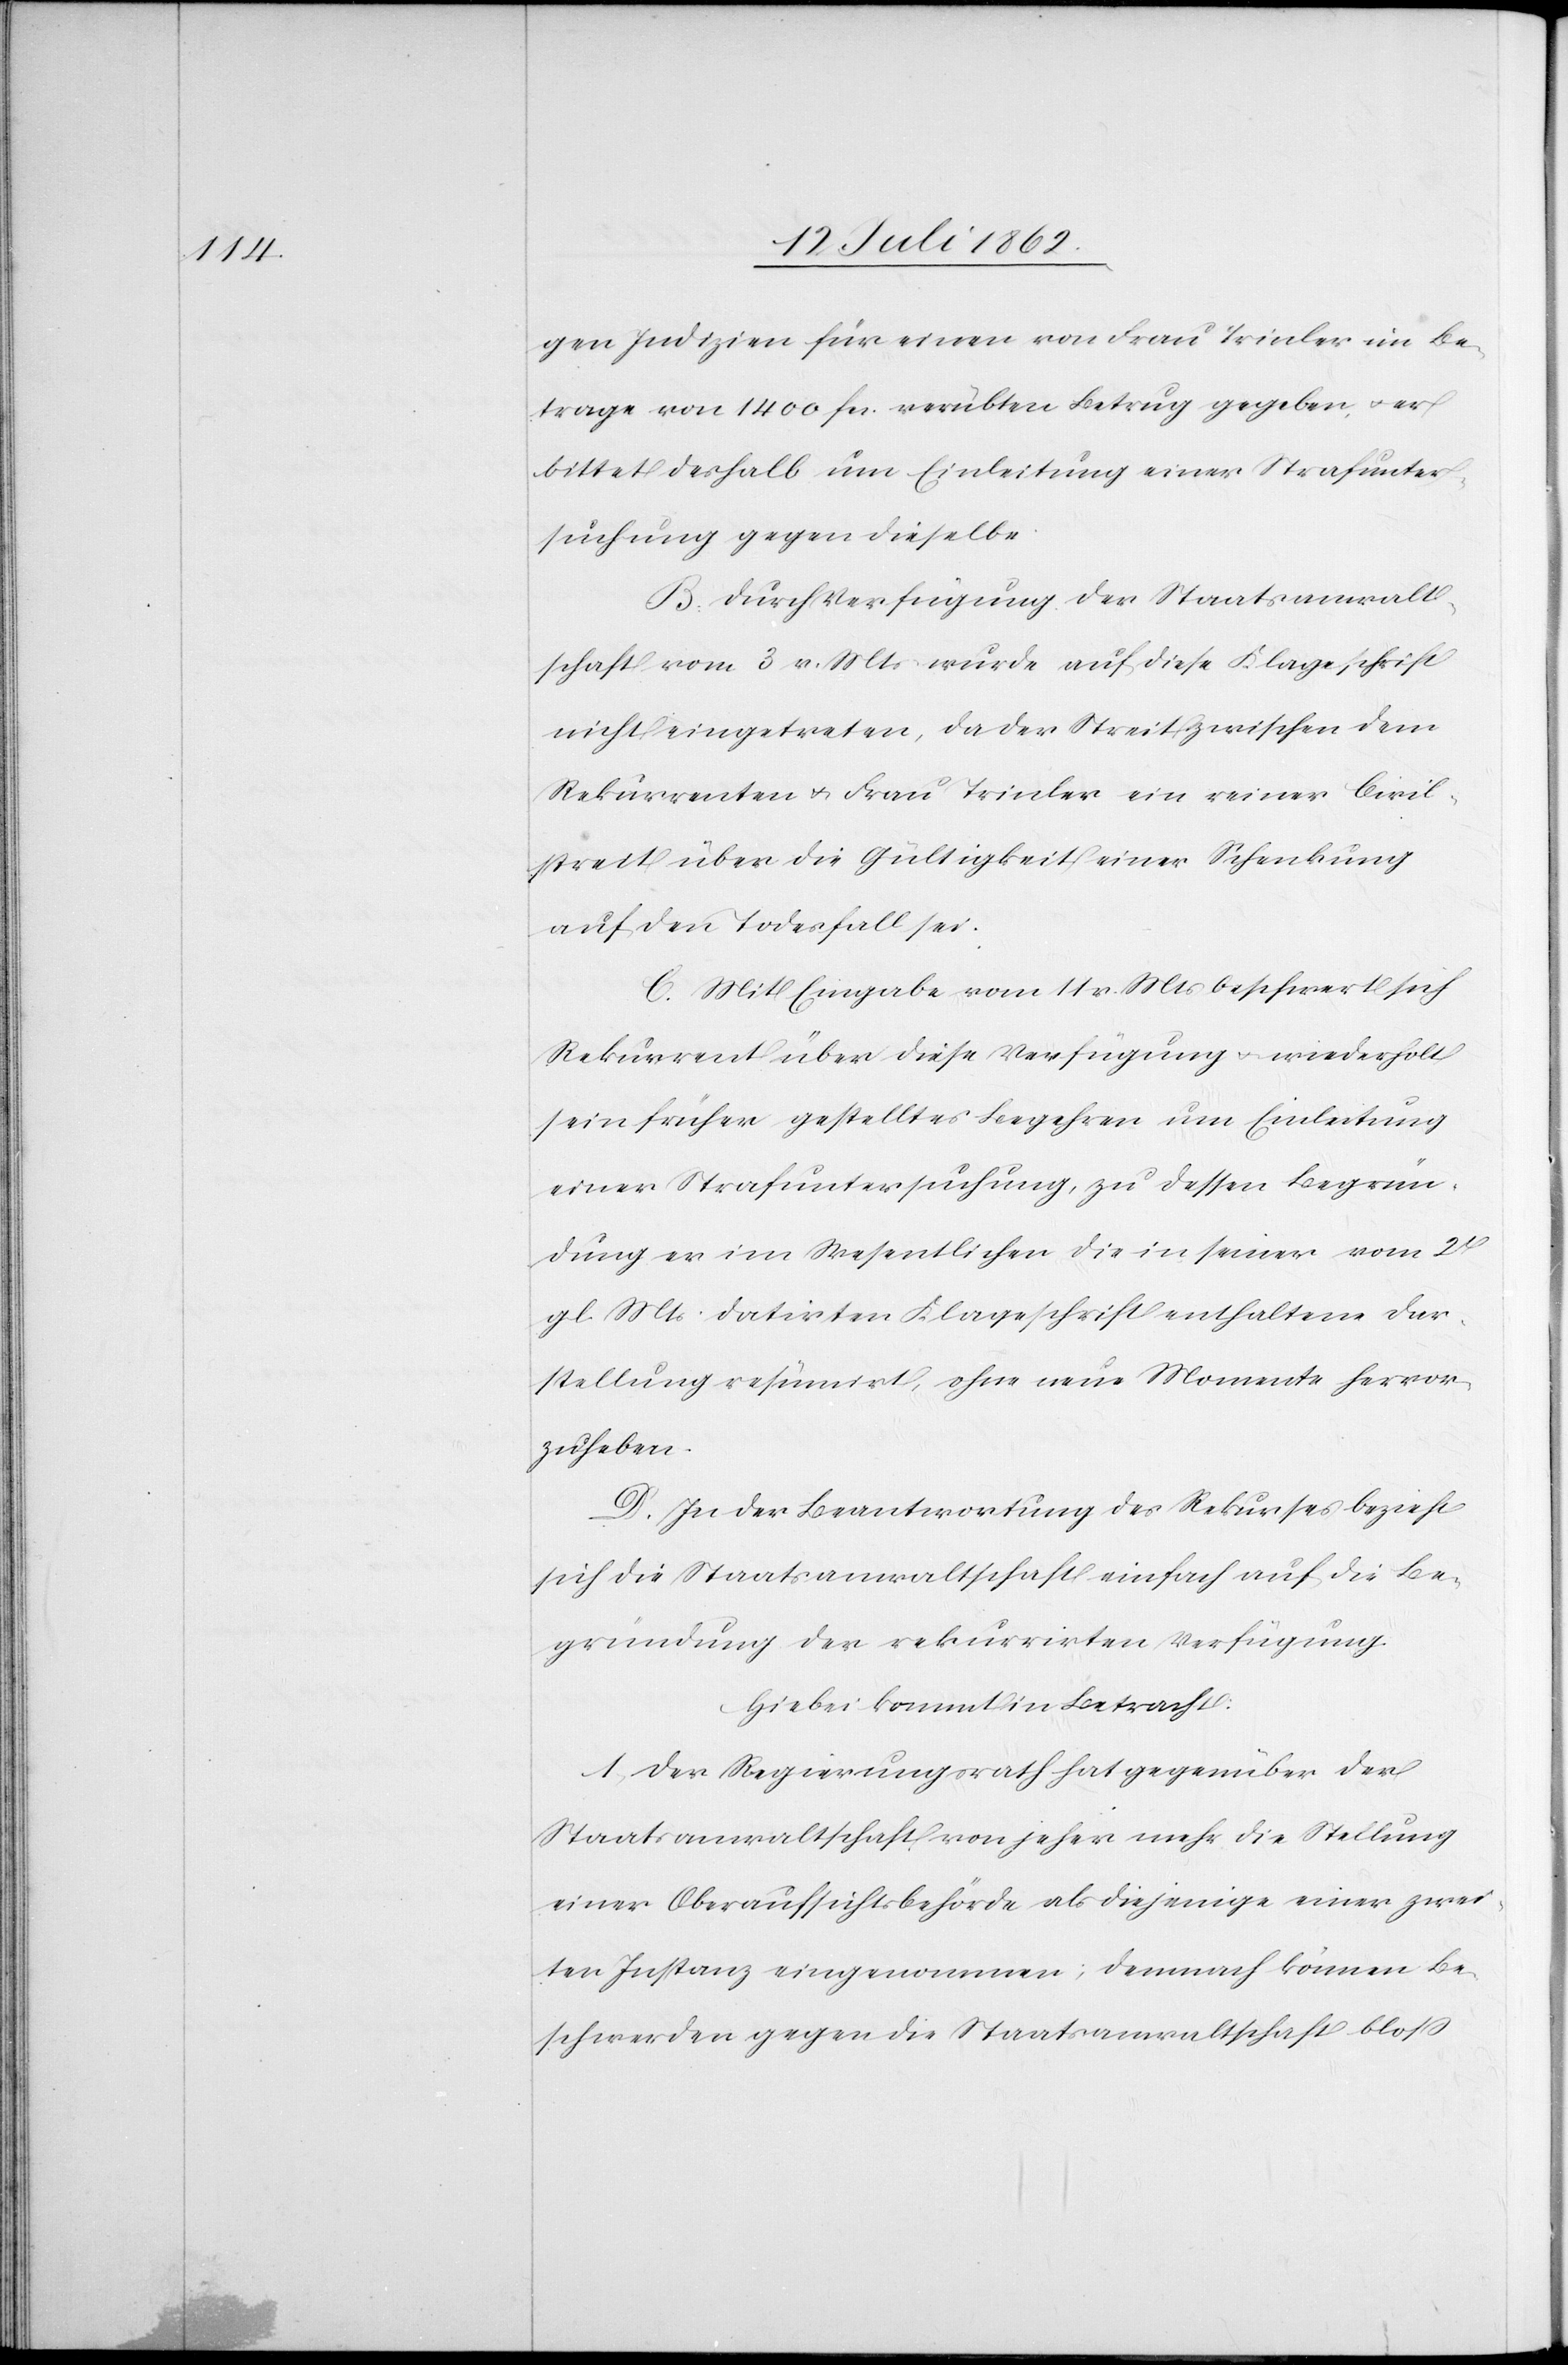
gen Indizien für einen von Frau Trinler im Be¬
trage von 1400 fcs. verübten Betrug gegeben u. er
bittet deshalb um Einleitung einer Strafunter¬
suchung gegen dieselbe.
B. Durch Verfügung der Staatsanwalt¬
schaft vom 3. v. Mts. wurde auf diese Klageschrift
nicht eingetreten, da der Streit zwischen dem
Rekurrenten u. Frau Trinler ein reiner Civil¬
streit über die Gültigkeit einer Schenkung
auf den Todesfall sei.
C. Mit Eingabe vom 11. v. Mts. beschwert sich
Rekurrent über diese Verfügung u. wiederholt
sein früher gestelltes Begehren um Einleitung
einer Strafuntersuchung, zu dessen Begrün¬
dung er im Wesentlichen die in seiner vom 2t
gl. Mts. datirten Klageschrift enthaltene Dar¬
stellung resümirt, ohne neue Momente hervor¬
zuheben.
D. In der Beantwortung des Rekurses bezieht
sich die Staatsanwaltschaft einfach auf die Be¬
gründung der rekurrirten Verfügung.
Hiebei kommt in Betracht:
1. Der Regierungsrath hat gegenüber der
Staatsanwaltschaft von jeher mehr die Stellung
einer Oberaufsichtsbehörde als diejenige einer zwei¬
ten Instanz eingenommen; demnach können Be¬
schwerden gegen die Staatsanwaltschaft bloß